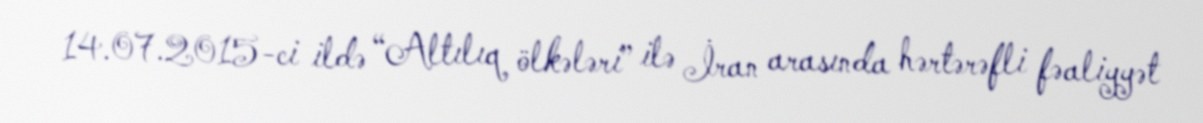
14.07.2015-ci ildə “Altılıq ölkələri” ilə İran arasında hərtərəfli fəaliyyət